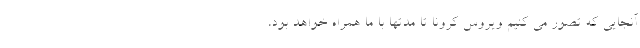
آنجایی که تصور می کنیم ویروس کرونا تا مدتها با ما همراه خواهد بود،